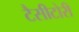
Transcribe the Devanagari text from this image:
टैसीटोरी